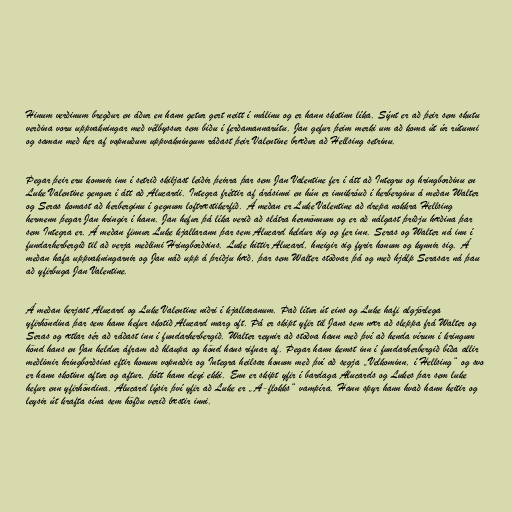
Hinum verðinum bregður en áður en hann getur gert neitt í málinu og er hann skotinn líka. Sýnt er að þeir sem skutu
verðina voru uppvakningar með vélbyssur sem biðu í ferðamannarútu. Jan gefur þeim merki um að koma út úr rútunni
og saman með her af vopnuðum uppvakningum ráðast þeir Valentine bræður að Hellsing setrinu.

Þegar þeir eru komnir inn í setrið skiljast leiðir þeirra þar sem Jan Valentine fer í átt að Integru og hringborðinu en
Luke Valentine gengur í átt að Alucardi. Integra fréttir af árásinni en hún er innikróuð í herberginu á meðan Walter
og Seras komast að herberginu í gegnum loftræstikerfið. Á meðan er Luke Valentine að drepa nokkra Hellsing
hermenn þegar Jan hringir í hann. Jan hefur þá líka verið að slátra hermönnum og er að nálgast þriðju hæðina þar
sem Integra er. Á meðan finnur Luke kjallarann þar sem Alucard heldur sig og fer inn. Seras og Walter ná inn í
fundarherbergið til að verja meðlimi Hringborðsins. Luke hittir Alucard, hneigir sig fyrir honum og kynnir sig. Á
meðan hafa uppvakningarnir og Jan náð upp á þriðju hæð, þar sem Walter stöðvar þá og með hjálp Serasar ná þau
að yfirbuga Jan Valentine.

Á meðan berjast Alucard og Luke Valentine niðri í kjallaranum. Það lítur út eins og Luke hafi algjörlega
yfirhöndina þar sem hann hefur skotið Alucard marg oft. Þá er skipt yfir til Jans sem nær að sleppa frá Walter og
Seras og ætlar sér að ráðast inn í fundarherbergið. Walter reynir að stöðva hann með því að henda vírum í kringum
hönd hans en Jan heldur áfram að hlaupa og hönd hans rifnar af. Þegar hann kemst inn í fundarherbergið bíða allir
meðlimir hringborðsins eftir honum vopnaðir og Integra heilsar honum með því að segja „Velkominn, í Hellsing“ og svo
er hann skotinn aftur og aftur, þótt hann deyi ekki. Enn er skipt yfir í bardaga Alucards og Lukes þar sem luke
hefur enn yfirhöndina. Alucard lýsir því yfir að Luke er „A-flokks“ vampíra. Hann spyr hann hvað hann heitir og
leysir út krafta sína sem höfðu verið læstir inni.